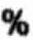
%